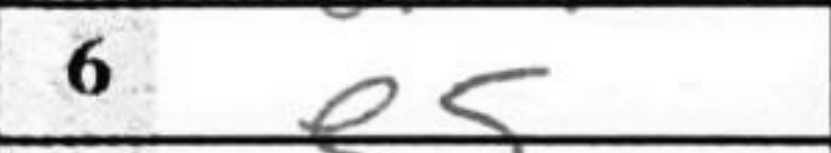
Transcription: e5